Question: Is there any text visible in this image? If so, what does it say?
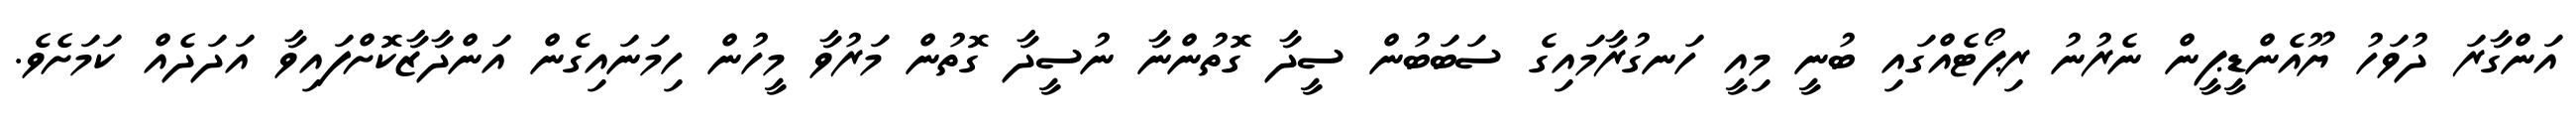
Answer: އަންގާރަ ދުވަހު ޔޫއެންޑީޕީން ނެރުނު ރިޕޯޓެއްގައި ބުނީ މިއީ ހަނގުރާމައިގެ ސަބަބުން ސީދާ ގޮތުންނާ ނުސީދާ ގޮތުން މަރުވާ މީހުން ހިމަނައިގެން އަންދާޒާކޮށްފައިވާ އަދަދެއް ކަމަށެވެ.